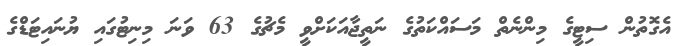
އެގޮތުން ސިޓީގެ މިންނެތް މަސައްކަތުގެ ނަތީޖާއަކަށްވީ މެޗުގެ 63 ވަނަ މިނިޓުގައި ޔުނައިޓަޑްގެ